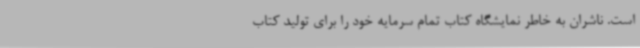
است. ناشران به خاطر نمایشگاه کتاب تمام سرمایه خود را برای تولید کتاب